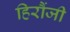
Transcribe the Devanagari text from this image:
हिरौंजी